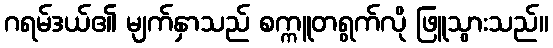
ဂရမ်ဒယ်၏ မျက်နှာသည် စက္ကူတရွက်လို ဖြူသွားသည်။